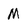
Character: M